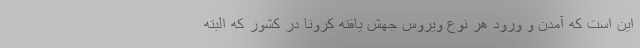
این است که آمدن و ورود هر نوع ویروس جهش یافته کرونا در کشور که البته